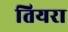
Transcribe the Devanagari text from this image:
तियरा